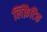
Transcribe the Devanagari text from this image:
लिंफ़ैटिक